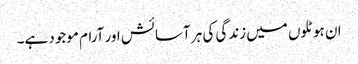
ان ہوٹلوں میں زندگی کی ہر آسائش اور آرام موجود ہے۔